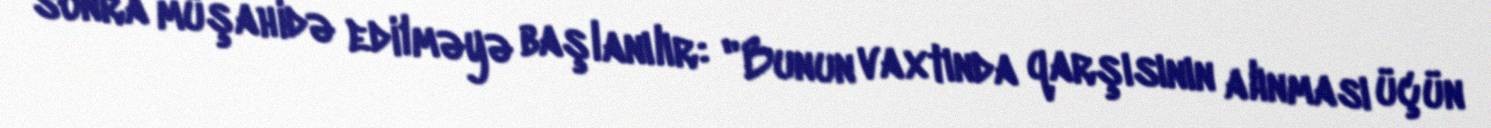
sonra müşahidə edilməyə başlanılır: "Bunun vaxtında qarşısının alınması üçün